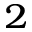
^ { 2 }